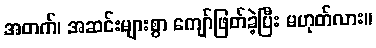
အတက်၊ အဆင်းများစွာ ကျော်ဖြတ်ခဲ့ပြီး မဟုတ်လား။